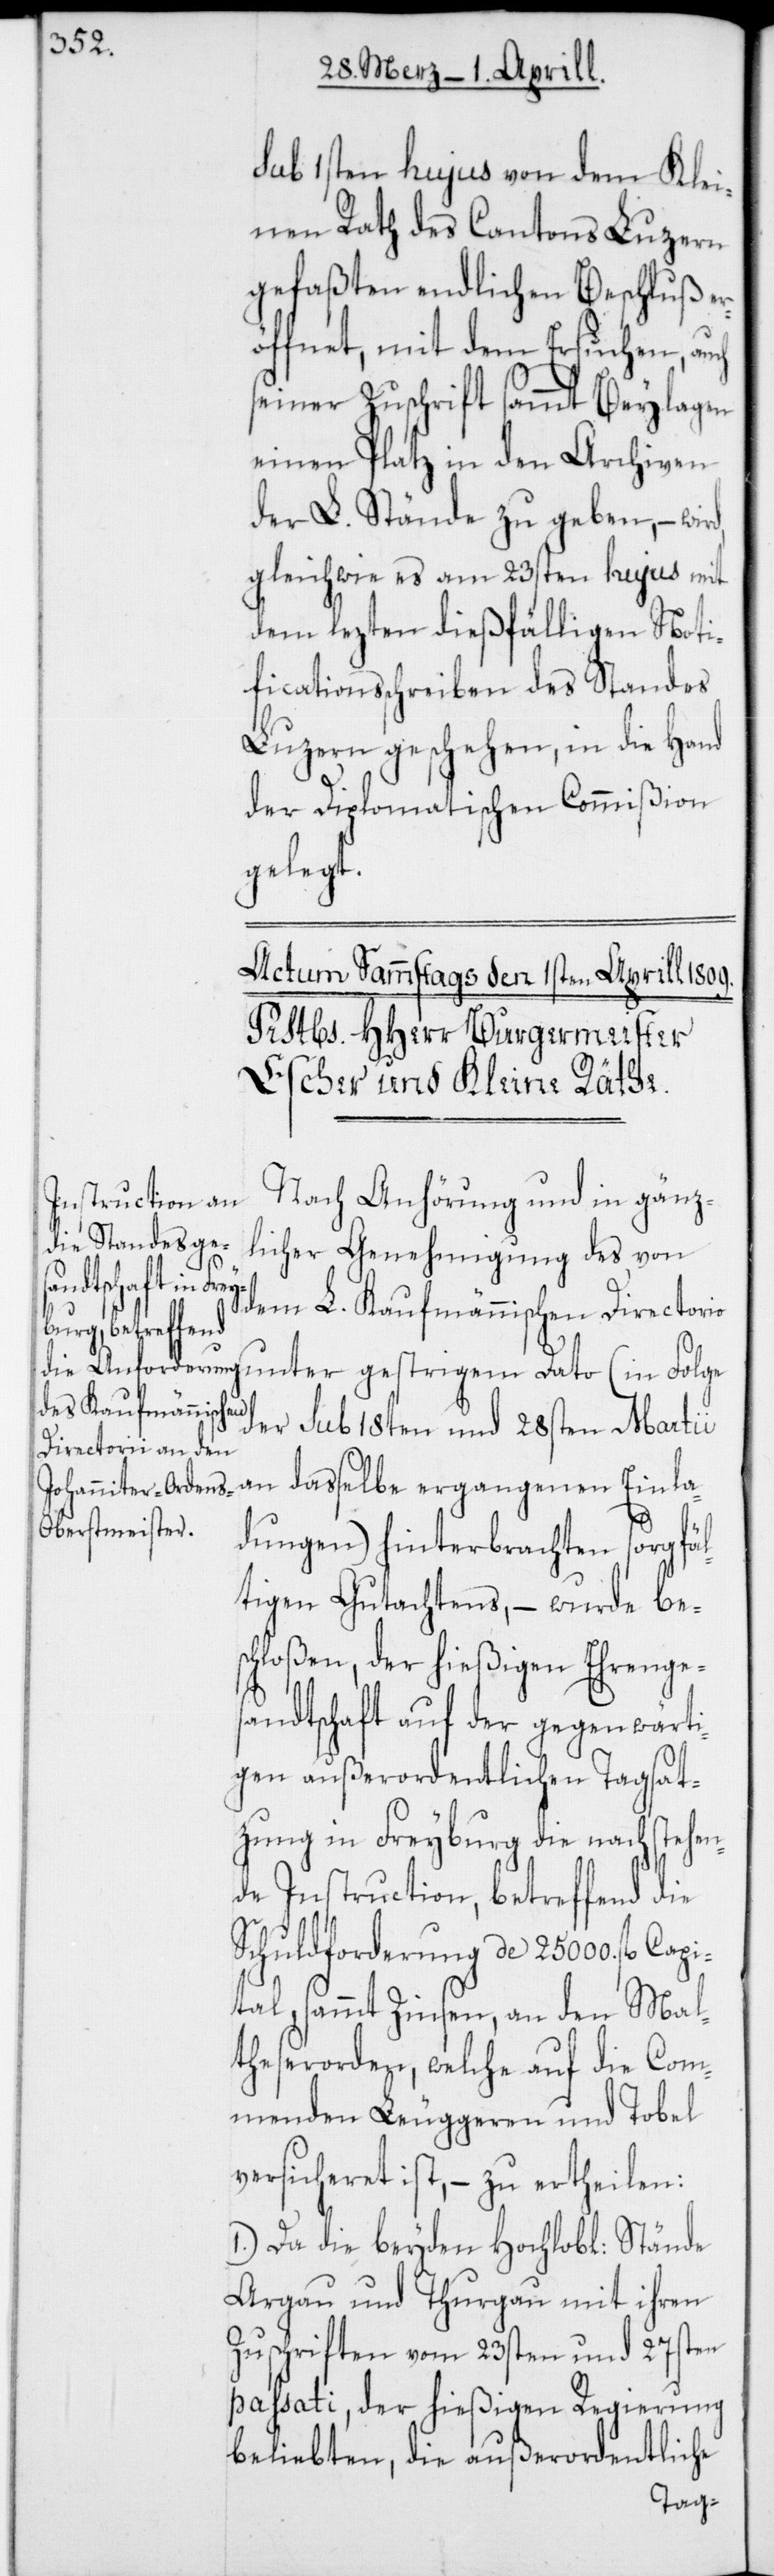
sub 1sten hujus von dem Klei¬
nen Rath des Cantons Luzern
gefaßten endlichen Beschluß er¬
öffnet, mit dem Ersuchen, auch
seiner Zuschrift sammt Beylagen
einen Platz in den Archiven
der L. Stände zu geben, – wird,
gleichwie es am 23sten hujus mit
dem lezten dießfälligen Noti¬
ficationsschreiben des Standes
Luzern geschehen, in die Hand
der Diplomatischen Commißion
gelegt.
Nach Anhörung und in gänz¬
licher Genehmigung des von
dem L. Kaufmännischen Directorio
unter gestrigem Dato (in Folge
der sub 18ten und 28sten Martii
an daßelbe ergangenen Einla¬
dungen) hinterbrachten sorgfäl¬
tigen Gutachtens, – wurde bes¬
chloßen, der hießigen Ehrenge¬
sandtschaft auf der gegenwärti¬
gen außerordentlichen Tagsat¬
zung in Freyburg die nachstehen¬
de Instruction, betreffend die
Schuldforderung de 25 000. fl. Capi¬
tal, sammt Zinsen, an den Mal¬
therserorden, welche auf die Com¬
menden Leuggern und Tobel
versicheret ist, – zu ertheilen:
1.) Da die beyden hochlobl: Stände
Argau und Thurgau mit ihren
Zuschriften vom 23sten und 27sten
passati, der hießigen Regierung
beliebten, die außerordentliche